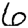
Digit: 6